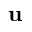
\mathbf { u }